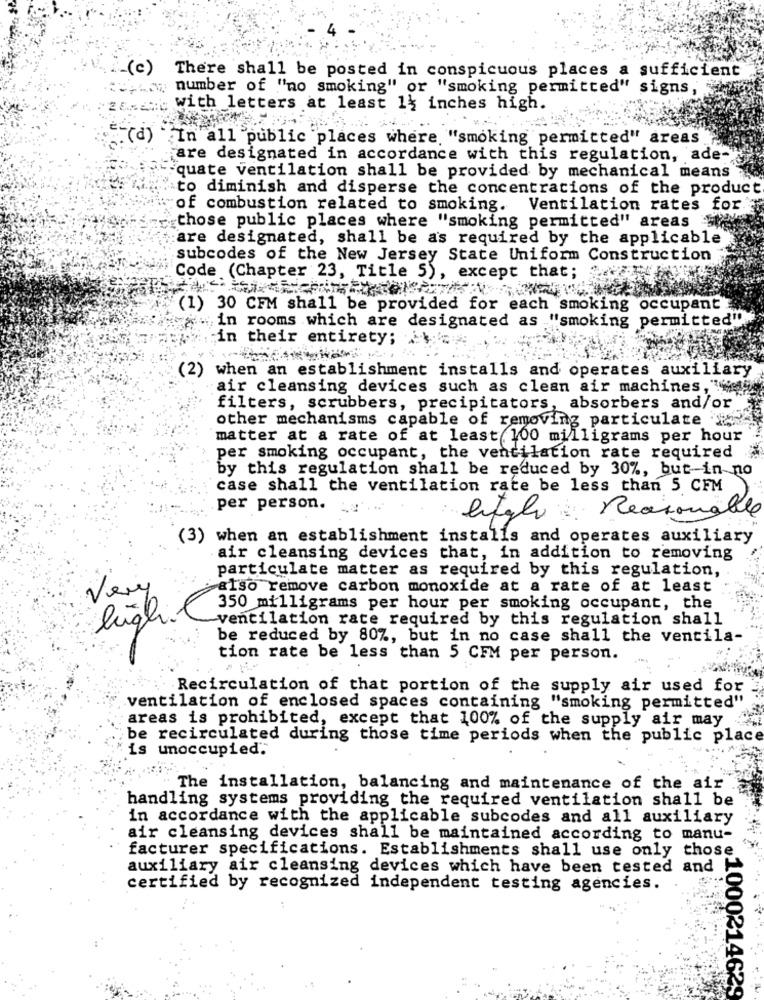
: - (c)
There shall be posted in conspicuous places a sufficient
term number of "no smoking" or "smoking permitted" signs,
. with letters at least 1} inches high.
.(d) In all
"public places where. "smoking permitted" areas
are designated in accordance with this regulation, ade-
quate ventilation shall be provided by mechanical means
to diminish and disperse the concentrations of the product
of combustion related to smoking. Ventilation rates for
those public places where "smoking permitted" areas
:are designated, shall be as required by the applicable
subcodes of the New Jersey State Uniform Construction
Code (Chapter 23, Title 5), except that;
(1) 30 CFM shall be provided for each smoking occupant
in rooms which are designated as "smoking permitted"
in their entirety;
(2)
when an establishment installs and operates auxiliary
air cleansing devices such as clean air machines, tu
filters, scrubbers, precipitators, absorbers and/or
other mechanisms capable of removing particulate
matter at a rate of at least 100 milligrams per hour
per smoking occupant, the ventilation rate required
by this regulation shall be reduced by 30%, but-in no
case shall the ventilation rate be less than 5 CFM
per person. ...
Reasonable
(3) when an establishment installs and operates auxiliary
air cleansing devices that, in addition to removing
particulate matter as required by this regulation,
Very
also remove carbon monoxide at a rate of at least
350 milligrams per hour per smoking occupant, the
high.l
ventilation rate required by this regulation shall
be reduced by 80%, but in no case shall the ventila-
tion rate be less than 5 CFM per person.
Recirculation of that portion of the supply air used for
ventilation of enclosed spaces containing "smoking permitted"
areas is prohibited, except that 100% of the supply air may
be recirculated during those time periods when the public place
is unoccupied."
The installation, balancing and maintenance of the air
handling systems providing the required ventilation shall be
in accordance with the applicable subcodes and all auxiliary
air cleansing devices shall be maintained according to manu-
facturer specifications. Establishments shall use only those
auxiliary air cleansing devices which have been tested and
certified by recognized independent testing agencies.
.1000214629